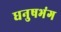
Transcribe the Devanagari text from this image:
धनुषभंग